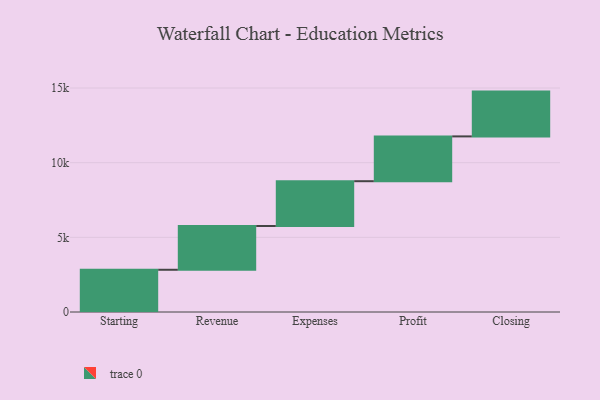
{"axis": {"x": "Step", "y": "Value"}, "legend": [""], "data": [{"x": "Starting", "y": 2828.0, "type": ""}, {"x": "Revenue", "y": 2931.0, "type": ""}, {"x": "Expenses", "y": 3000, "type": ""}, {"x": "Profit", "y": 3000, "type": ""}, {"x": "Closing", "y": 3000, "type": ""}]}